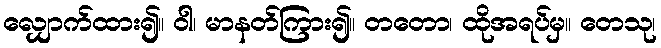
လျှောက်ထား၍။ ဝါ၊ မာနတ်ကြား၍။ တတော၊ ထိုအရပ်မှ။ တေသု၊